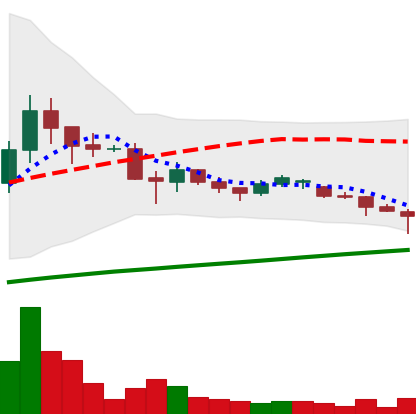
Ticker: DOGE-USD
Chart end date: 2021-06-20
Forward return: -14.862%
Label: down_7plus